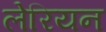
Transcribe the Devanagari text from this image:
लेरियन